Annual report of lunatic asylums [Bombay] - 1912-1922
Year: 1912
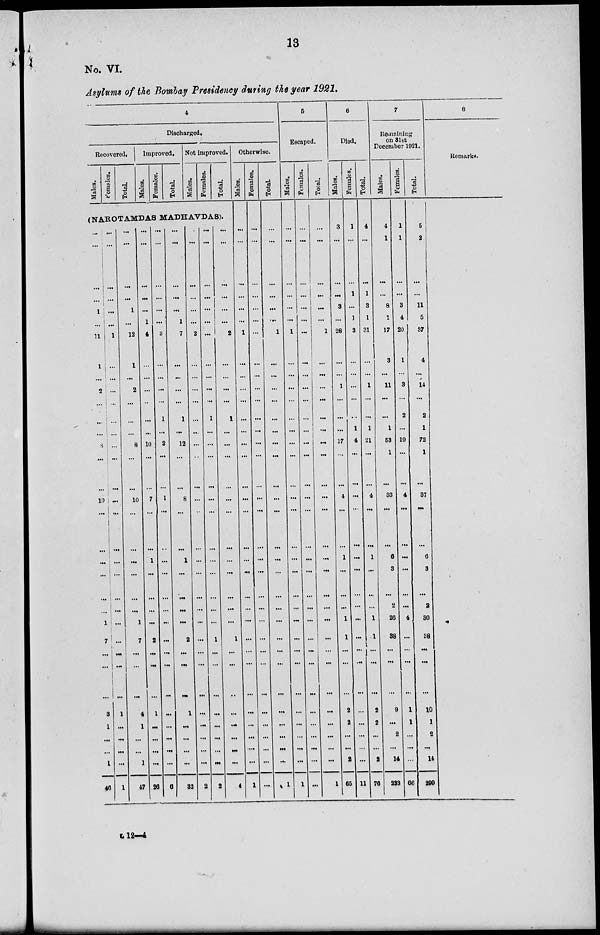
13
No. VI.
Asylums of the Bombay Presidency during the year 1921.
4
Discharged.
Recovered.
Males.
Females.
Total.
Improved.
Males.
Females.
Total.
Not improved.
Males.
Females.
Total.
(NAROTAMDAS MADHAVDAS).
...
...
...
...
1
...
11
1
...
2
...
...
...
8
...
...
10
...
...
...
...
...
...
1
7
...
...
...
3
1
...
...
1
46
...
...
...
...
...
...
1
...
...
...
...
...
...
...
...
...
...
...
...
...
...
...
...
...
...
...
...
...
1
...
...
...
...
1
...
...
...
...
1
...
12
1
...
2
...
...
...
8
...
...
10
...
...
...
...
...
...
1
7
...
...
...
4
1
...
...
1
47
...
...
...
...
...
1
4
...
...
...
...
...
...
10
...
...
7
...
...
1
...
...
...
...
2
...
...
...
1
...
...
...
...
26
...
...
...
...
...
...
3
...
...
...
...
1
...
2
...
...
1
...
...
...
...
...
...
...
...
...
...
...
...
...
...
...
...
6
...
...
...
...
...
1
7
...
...
...
...
1
...
12
...
...
8
...
...
1
...
...
...
...
2
...
...
...
1
...
...
...
...
32
...
...
...
...
...
...
2
...
...
...
...
...
...
...
...
...
...
...
...
...
...
...
...
...
...
...
...
...
...
...
...
...
...
2
...
...
...
...
...
...
...
...
...
...
...
1
...
...
...
...
...
...
...
...
...
...
...
...
1
...
...
...
...
...
...
...
...
2
...
...
...
...
...
...
2
...
...
...
...
1
...
...
...
...
...
...
...
...
...
...
...
...
1
...
...
...
...
...
...
...
...
4
Otherwise.
Males.
...
...
...
...
...
...
1
...
...
...
...
...
...
...
...
...
...
...
...
...
...
...
...
...
...
...
...
...
...
...
...
....
...
1
Females.
...
...
...
...
...
...
...
...
...
...
...
...
...
...
...
...
...
...
...
...
...
...
...
...
...
...
...
...
...
...
...
...
...
...
Total.
...
...
...
...
...
...
1
...
...
...
...
...
...
...
...
...
...
...
...
...
...
...
...
...
...
...
...
...
...
...
...
...
...
1
5
Escaped.
Males.
...
...
...
...
...
...
1
...
...
...
...
...
...
...
...
...
...
...
...
...
...
...
...
...
...
...
...
...
...
...
...
...
...
1
Females.
...
...
...
...
...
...
...
...
...
...
...
...
...
...
...
...
...
...
...
...
...
...
...
...
...
...
...
...
...
...
...
...
...
...
Total.
...
...
...
...
...
...
1
...
...
...
...
...
...
...
...
...
...
...
...
...
...
...
...
...
...
...
...
...
...
...
...
...
...
1
6
Died.
Males.
3
...
...
...
3
...
28
...
...
1
...
...
...
17
...
...
4
...
...
1
...
...
...
1
1
...
...
...
2
2
...
...
2
65
Females.
1
...
...
1
...
1
3
...
...
...
...
...
1
4
...
...
...
...
...
...
...
...
...
...
...
...
...
...
...
...
...
...
...
11
Total.
4
...
...
1
3
1
31
...
...
1
...
...
1
21
...
...
4
...
...
1
...
...
...
1
1
...
...
...
2
2
...
...
2
76
7
Remaining
on 31st
December 1021.
Males.
4
1
...
...
8
1
17
3
...
11
...
...
1
53
1
...
33
...
...
6
3
...
2
26
88
...
...
...
9
...
2
...
14
233
Females.
1
1
...
...
3
4
20
1
...
3
...
2
...
10
...
...
4
...
...
...
...
...
...
4
...
...
...
...
1
1
...
...
...
66
Total.
5
2
...
...
11
5
37
4
...
14
...
2
1
72
1
...
37
...
...
6
3
...
2
30
138
...
...
...
10
1
2
...
14
290
8
Remarks.
L12—4